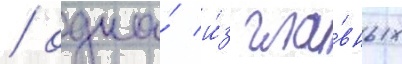
/ одна́ и́з гла́вных